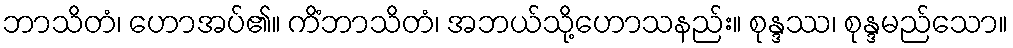
ဘာသိတံ၊ ဟောအပ်၏။ ကိံဘာသိတံ၊ အဘယ်သို့ဟောသနည်း။ စုန္ဒဿ၊ စုန္ဒမည်သော။